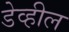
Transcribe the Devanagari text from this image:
डेव्हील